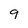
Character: 9